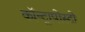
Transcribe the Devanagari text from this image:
कॉन्ट्रापोस्टो